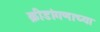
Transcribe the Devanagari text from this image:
क्रीडांगणाच्या